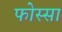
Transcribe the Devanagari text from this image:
फोस्सा